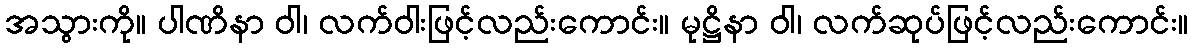
အသွားကို။ ပါဏိနာ ဝါ၊ လက်ဝါးဖြင့်လည်းကောင်း။ မုဋ္ဌိနာ ဝါ၊ လက်ဆုပ်ဖြင့်လည်းကောင်း။